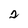
Character: 2